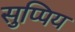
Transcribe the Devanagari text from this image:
सुप्पिय